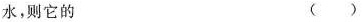
水，则它的 ( )